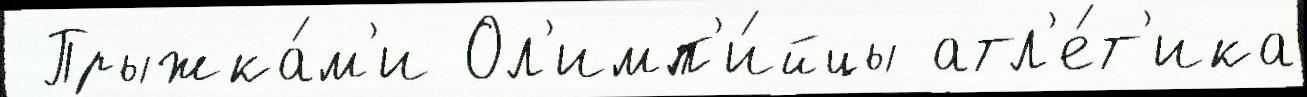
 Прыжка́м'и Ол'имп'и́йцы атл'е́т'ика